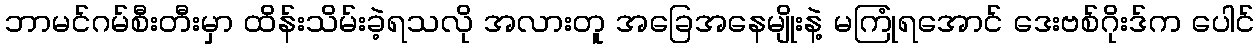
ဘာမင်ဂမ်စီးတီးမှာ ထိန်းသိမ်းခဲ့ရသလို အလားတူ အခြေအနေမျိုးနဲ့ မကြုံရအောင် ဒေးဗစ်ဂိုးဒ်က ပေါင်